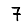
Digit: 7